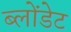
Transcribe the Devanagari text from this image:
ब्लोंडेट